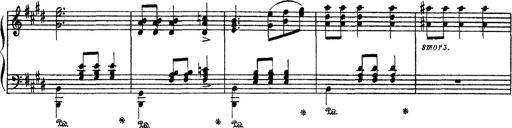
Title: Apparitions
Composer: Franz Liszt